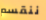
ننقسم